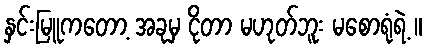
နှင်းမြူကတော့ အခုမှ ငိုတာ မဟုတ်ဘူး မစောရုံရဲ့ ။